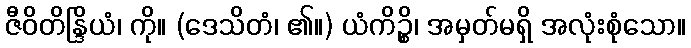
ဇီဝိတိန္ဒြိယံ၊ ကို။ (ဒေသိတံ၊ ၏။) ယံကိဉ္စိ၊ အမှတ်မရှိ အလုံးစုံသော။